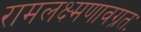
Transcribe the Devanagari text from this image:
रामलक्ष्मणावग्रतः